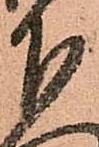
下